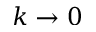
k \to 0